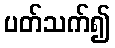
ပတ်သက်၍